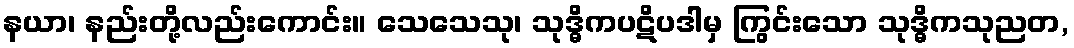
နယာ၊ နည်းတို့လည်းကောင်း။ သေသေသု၊ သုဒ္ဓိကပဋိပဒါမှ ကြွင်းသော သုဒ္ဓိကသုညတ,